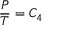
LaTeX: { \frac { P } { T } } = C _ { 4 }